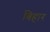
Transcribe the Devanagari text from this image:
बिहार